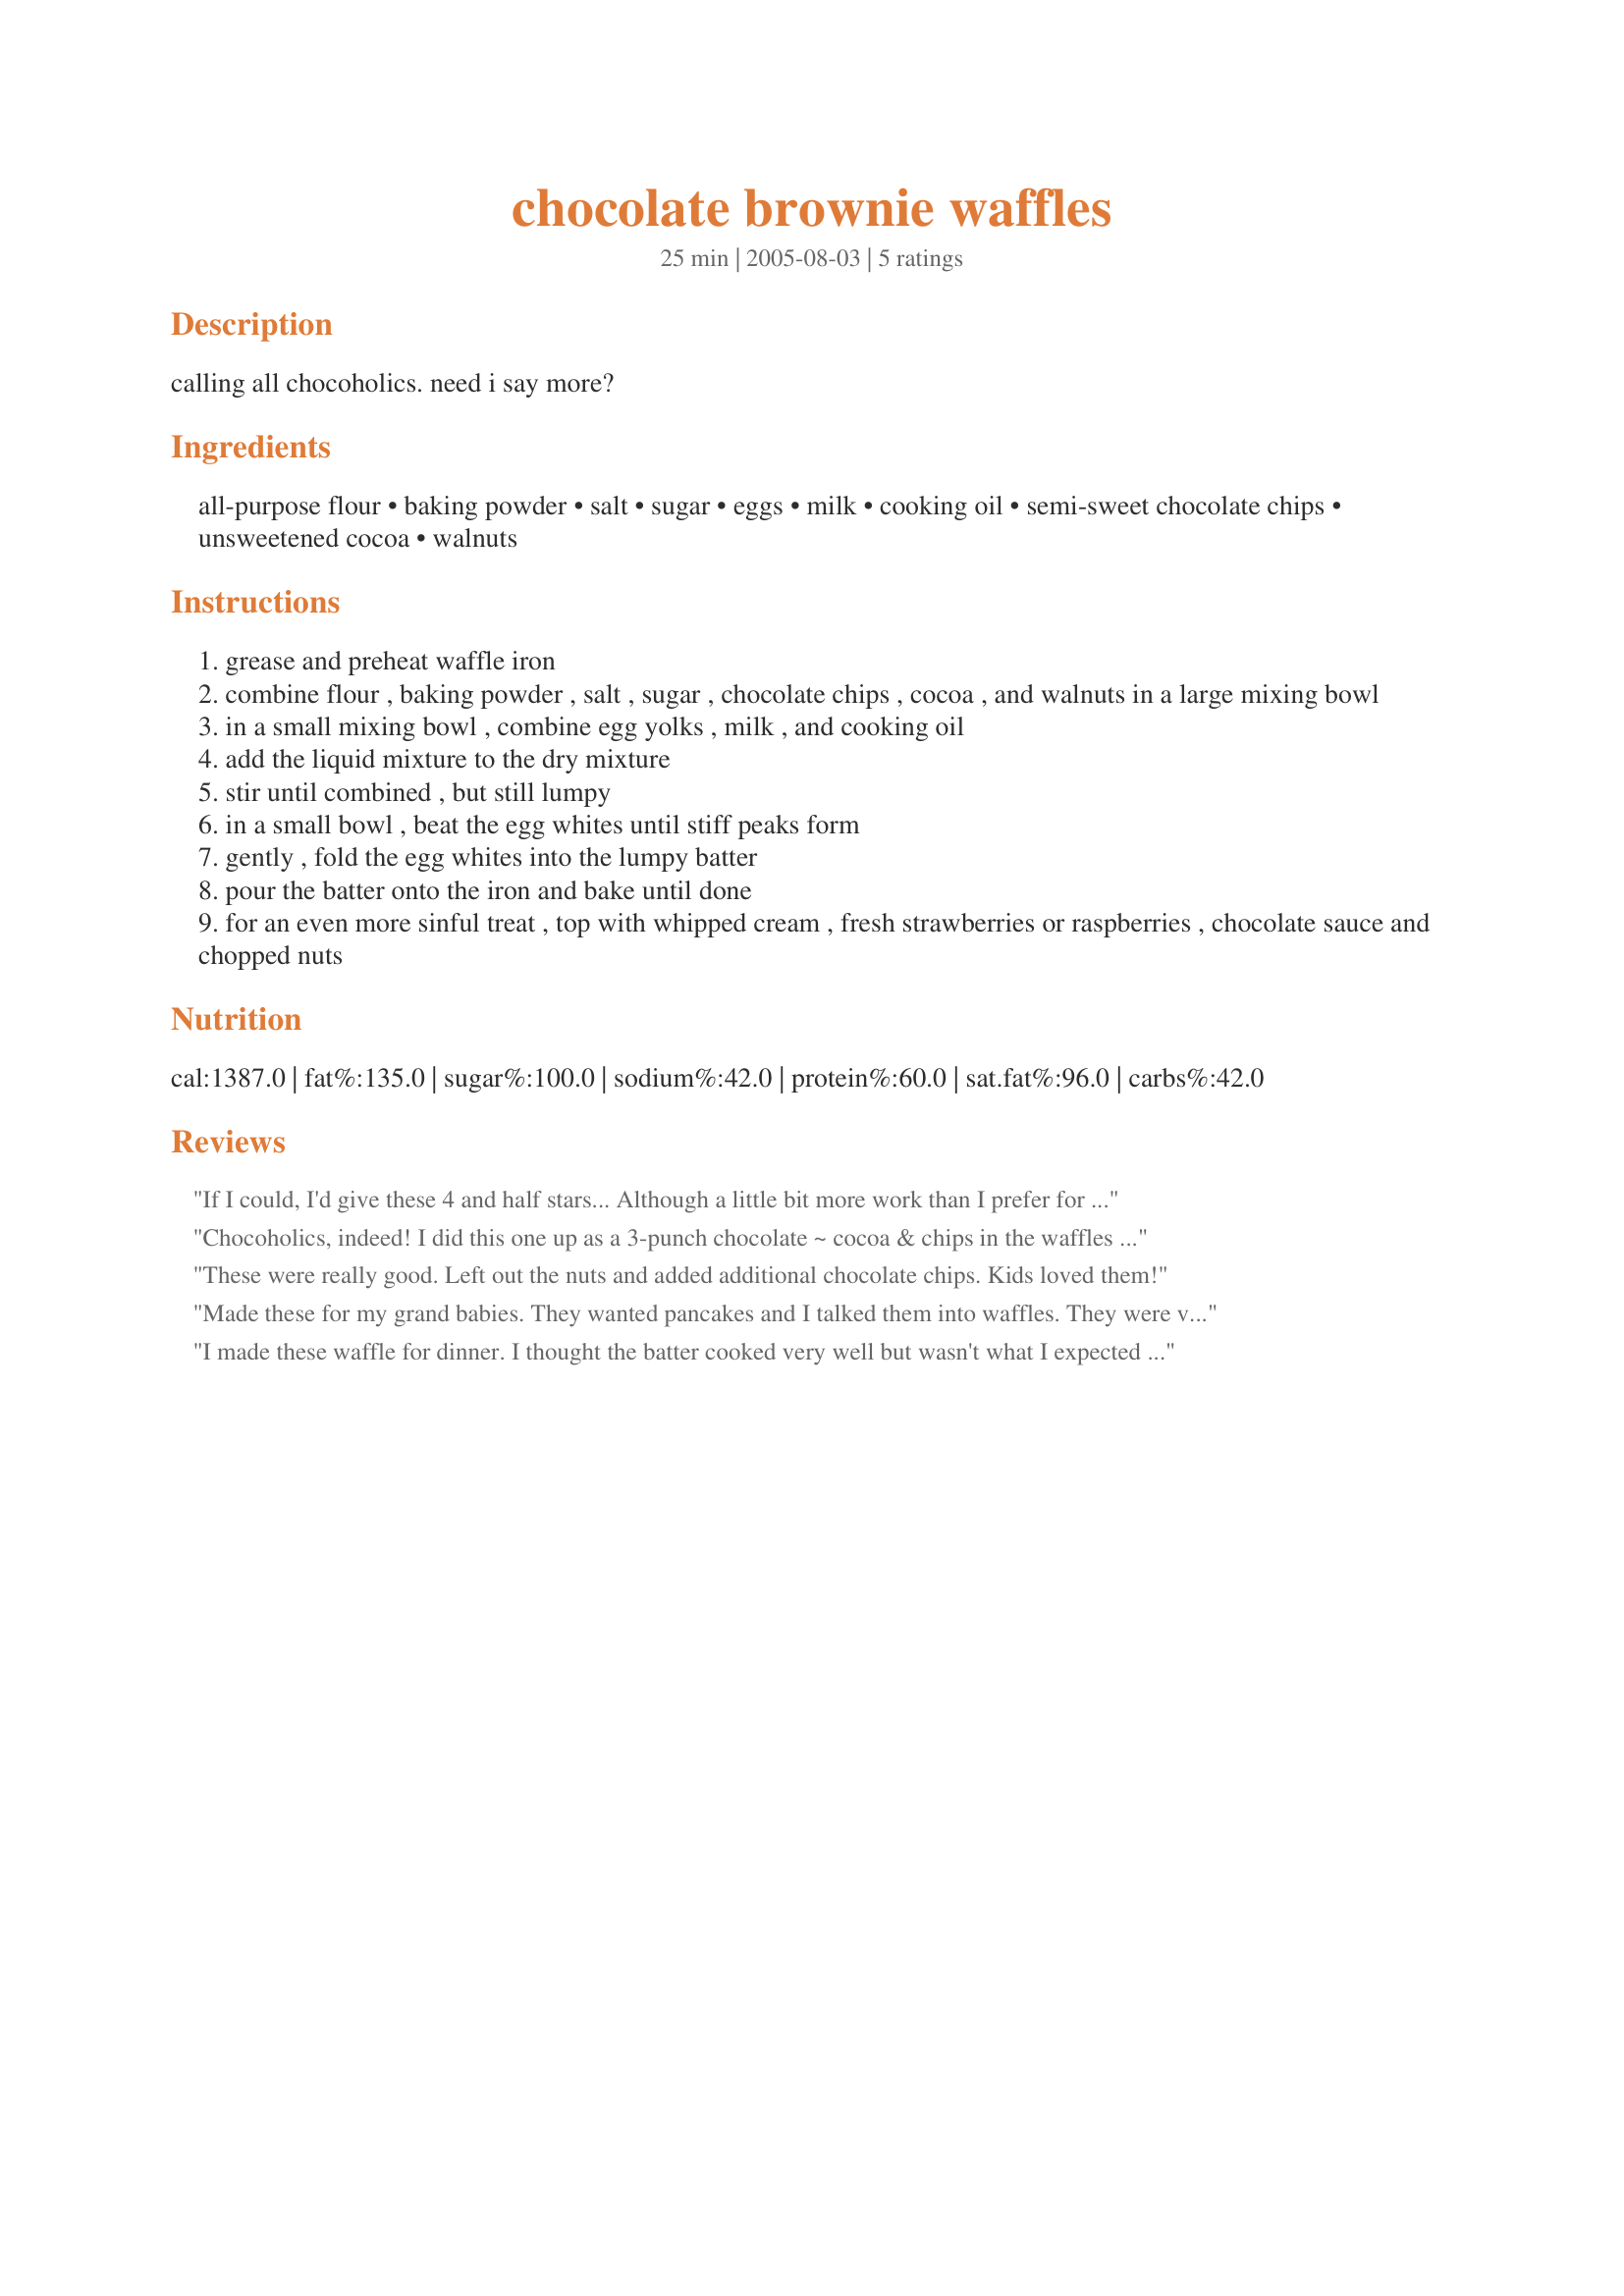
chocolate brownie waffles
Preparation time: 25 minutes

calling all chocoholics. need i say more?

Ingredients:
all-purpose flour, baking powder, salt, sugar, eggs, milk, cooking oil, semi-sweet chocolate chips, unsweetened cocoa, walnuts

Steps:
grease and preheat waffle iron
combine flour , baking powder , salt , sugar , chocolate chips , cocoa , and walnuts in a large mixing bowl
in a small mixing bowl , combine egg yolks , milk , and cooking oil
add the liquid mixture to the dry mixture
stir until combined , but still lumpy
in a small bowl , beat the egg whites until stiff peaks form
gently , fold the egg whites into the lumpy batter
pour the batter onto the iron and bake until done
for an even more sinful treat , top with whipped cream , fresh strawberries or raspberries , chocolate sauce and chopped nuts

Reviews:
If I could, I'd give these 4 and half stars... Although a little bit more work than I prefer for a waffle (three bowls and beaters), these baked up *beautifully* and had the *best* texture of any waffle I've made in a while! Unlike most chocolate waffle recipes, these are much closer to a traditional waffle than dessert in flavor; overall we liked that very much, but still wished there had been a little more chocolate flavor to them. SO, next time I will make these minor changes: 1) I will use the full amount of chocolate chips, but use miniature ones instead so their flavor will be better distributed through the waffle, 2) increase the sugar by no more than 50%, and 3) add a small amount of vanilla to the milk/egg mixture. Thanks for a great addition to my waffle collection!
Chocoholics, indeed! I did this one up as a 3-punch chocolate ~ cocoa & chips in the waffles & chocolate syrup crowning some sliced strawberries on top! OUTRAGEOUS & WONDERFUL! Certainly the kind of thing you don't want to do often, but once-in-a-while . . . SURE! Thanks for sharing! [Made & reviewed as a thank you for a photo-taking camera-chef in Help a Camera-less Chef Game #3]
These were really good. Left out the nuts and added additional chocolate chips. Kids loved them!
Made these for my grand babies. They wanted pancakes and I talked them into waffles. They were very glad I did. They loved them and ate every last crumb!
I made these waffle for dinner. I thought the batter cooked very well but wasn't what I expected taste wise
